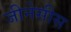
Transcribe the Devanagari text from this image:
जीनेसीस